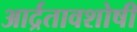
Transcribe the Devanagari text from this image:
आर्द्रतावशोषी